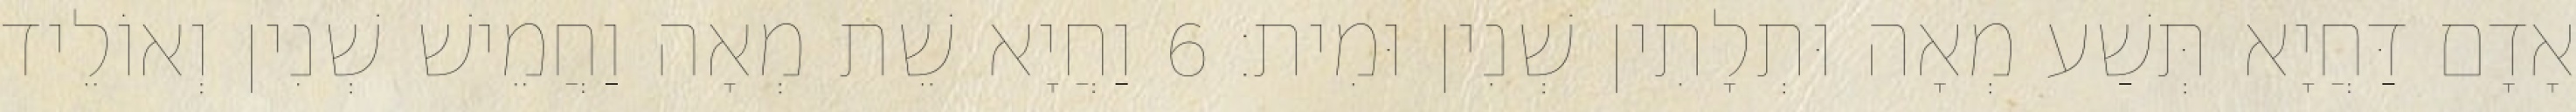
אָדָם דַּחֲיָא תְּשַׁע מְאָה וּתְלָתִין שְׁנִין וּמִית׃ 6 וַחֲיָא שֵׁת מְאָה וַחֲמֵישׁ שְׁנִין וְאוֹלֵיד